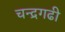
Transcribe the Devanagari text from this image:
चन्द्रगढी